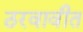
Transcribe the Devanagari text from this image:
ठरवावीत